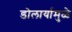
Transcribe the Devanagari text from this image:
डोलार्यामुळे